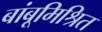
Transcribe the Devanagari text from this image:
बांबूमिश्रित